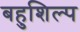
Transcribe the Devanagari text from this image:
बहुशिल्प